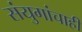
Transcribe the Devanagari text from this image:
संयुगांचाही